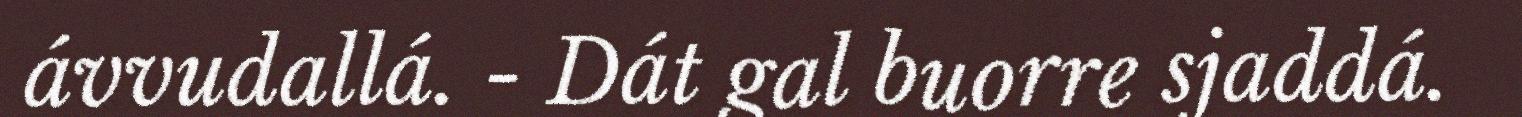
ávvudallá. - Dát gal buorre sjaddá.